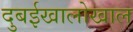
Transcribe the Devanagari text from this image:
दुबईखालोखाल